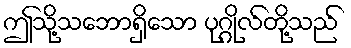
ဤသို့သဘောရှိသော ပုဂ္ဂိုလ်တို့သည်